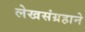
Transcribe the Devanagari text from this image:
लेखसंग्रहाने